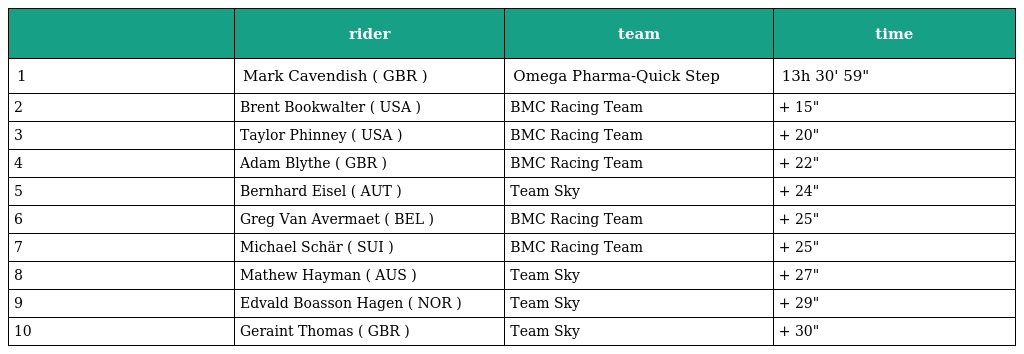
|  | rider | team | time |
 | --- | --- | --- | --- |
 | 1 | Mark Cavendish ( GBR ) | Omega Pharma-Quick Step | 13h 30' 59" |
 | 2 | Brent Bookwalter ( USA ) | BMC Racing Team | + 15" |
 | 3 | Taylor Phinney ( USA ) | BMC Racing Team | + 20" |
 | 4 | Adam Blythe ( GBR ) | BMC Racing Team | + 22" |
 | 5 | Bernhard Eisel ( AUT ) | Team Sky | + 24" |
 | 6 | Greg Van Avermaet ( BEL ) | BMC Racing Team | + 25" |
 | 7 | Michael Schär ( SUI ) | BMC Racing Team | + 25" |
 | 8 | Mathew Hayman ( AUS ) | Team Sky | + 27" |
 | 9 | Edvald Boasson Hagen ( NOR ) | Team Sky | + 29" |
 | 10 | Geraint Thomas ( GBR ) | Team Sky | + 30" |